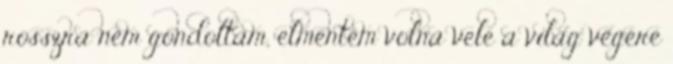
rosszra nem gondoltam, elmentem volna vele a világ végére